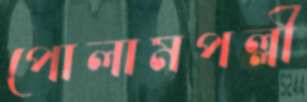
পোলামপল্লী